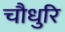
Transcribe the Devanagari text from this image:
चौधुरि